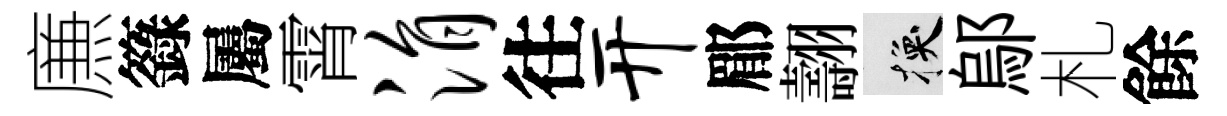
㢘籙屬霄涓往开郿翿换鄔札餘